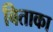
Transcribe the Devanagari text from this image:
बिताका